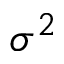
\sigma ^ { 2 }